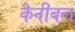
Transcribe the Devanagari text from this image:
कैनीबल